General report no. 6 on the lunatic asylums, vaccination and dispensaries in the Bengal Presidency, 1873 -
Year: 1873
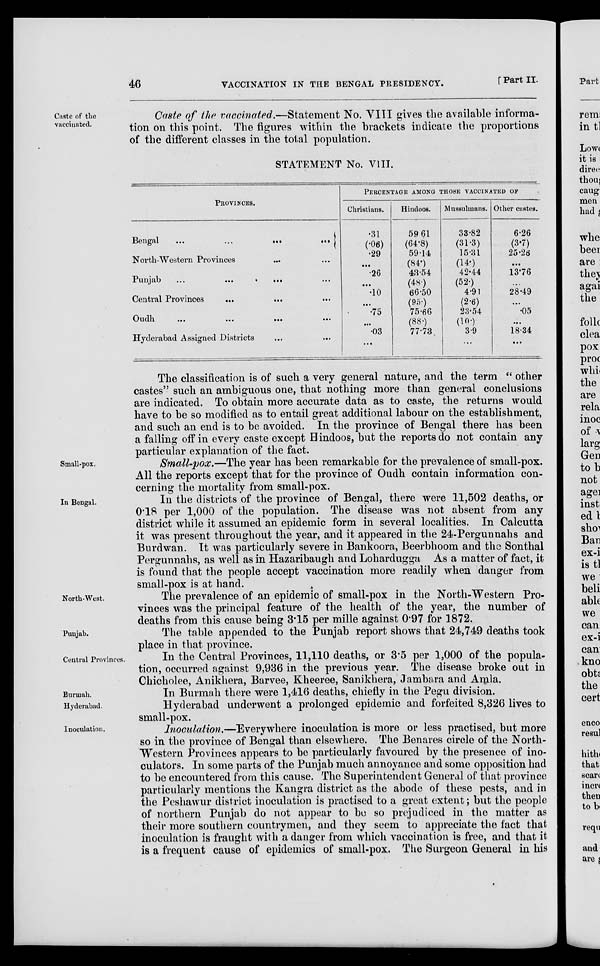
46
VACCINATION IN THE BENGAL PRESIDENCY.
[ Part II.
Caste of the
vaccinated.
Caste of the vaccinated.—Statement No. VIII gives the available informa-
tion on this point. The figures within the brackets indicate the proportions
of the different classes in the total population.
STATEMENT No. VIII.
PROVINCES.
Bengal
...
...
...
...
North-Western Provinces ... ...
Punjab
...
...
... ...
Central Provinces
... ... ...
Oudh
...
...
...
...
Hyderabad Assigned Districts ... ...
PERCENTAGE AMONG THOSE VACCINATED OF
Christians.
.31
(.06)
.29
...
.26
...
.10
...
.75
...
.03
...
Hindoos.
59.61
(64.8)
59.14
(84.)
43.54
(48.)
66.50
(95.)
75.66
(88.)
77.73
Mussulmans.
33.82
(31.3)
15.31
(14.)
42.44
(52.)
4.91
(2.6)
23.54
(10.)
3.9
...
Other castes.
6.26
(3.7)
25.26
...
13.76
...
28.49
...
.05
...
18.34
...
The classification is of such a very general nature, and the term " other
castes" such an ambiguous one, that nothing more than general conclusions
are indicated. To obtain more accurate data as to caste, the returns would
have to be so modified as to entail great additional labour on the establishment,
and such an end is to be avoided. In the province of Bengal there has been
a falling off in every caste except Hindoos, but the reports do not contain any
particular explanation of the fact.
Small-pox.
Small-pox.—The year has been remarkable for the prevalence of small-pox.
All the reports except that for the province of Oudh contain information con-
cerning the mortality from small-pox.
In Bengal.
In the districts of the province of Bengal, there were 11,502 deaths, or
0.18 per 1,000 of the population. The disease was not absent from any
district while it assumed an epidemic form in several localities. In Calcutta
it was present throughout the year, and it appeared in the 24-Pergunnahs and
Burdwan. It was particularly severe in Bankoora, Beerbhoom and the Sonthal
Pergunnahs, as well as in Hazaribaugh and Lohardugga As a matter of fact, it
is found that the people accept vaccination more readily when danger from
small-pox is at hand.
North-West.
The prevalence of an epidemic of small-pox in the North-Western Pro-
vinces was the principal feature of the health of the year, the number of
deaths from this cause being 3.15 per mille against 0.97 for 1872.
Punjab.
The table appended to the Punjab report shows that 24,749 deaths took
place in that province.
Central Provinces.
In the Central Provinces, 11,110 deaths, or 3.5 per 1,000 of the popula-
tion, occurred against 9,936 in the previous year. The disease broke out in
Chicholee, Anikhera, Barvee, Kheeree, Sanikhera, Jambara and Amla.
Burmah.
In Burmah there were 1,416 deaths, chiefly in the Pegu division.
Hyderabad.
Hyderabad underwent a prolonged epidemic and forfeited 8,326 lives to
small-pox.
Inoculation.
Inoculation.—Everywhere inoculation is more or less practised, but more
so in the province of Bengal than elsewhere. The Benares circle of the North-
Western Provinces appears to be particularly favoured by the presence of ino-
culators. In some parts of the Punjab much annoyance and some opposition had
to be encountered from this cause. The Superintendent General of that province
particularly mentions the Kangra district as the abode of these pests, and in
the Peshawur district inoculation is practised to a great extent; but the people
of northern Punjab do not appear to be so prejudiced in the matter as
their more southern countrymen, and they seem to appreciate the fact that
inoculation is fraught with a danger from which vaccination is free, and that it
is a frequent cause of epidemics of small-pox. The Surgeon General in his